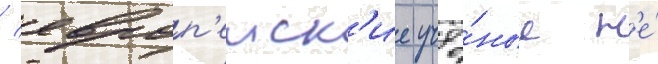
/ европ'еиск'ие учё́ные н'е́